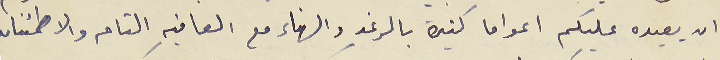
ان يعيده عليكم اعواما كثيرة بالرغد والهناء مع العافيه التامه والاطمئنان